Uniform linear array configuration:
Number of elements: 16
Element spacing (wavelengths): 0.75
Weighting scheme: hamming
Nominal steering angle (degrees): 30
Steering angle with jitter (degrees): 28.813
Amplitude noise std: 0.05
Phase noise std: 0.05

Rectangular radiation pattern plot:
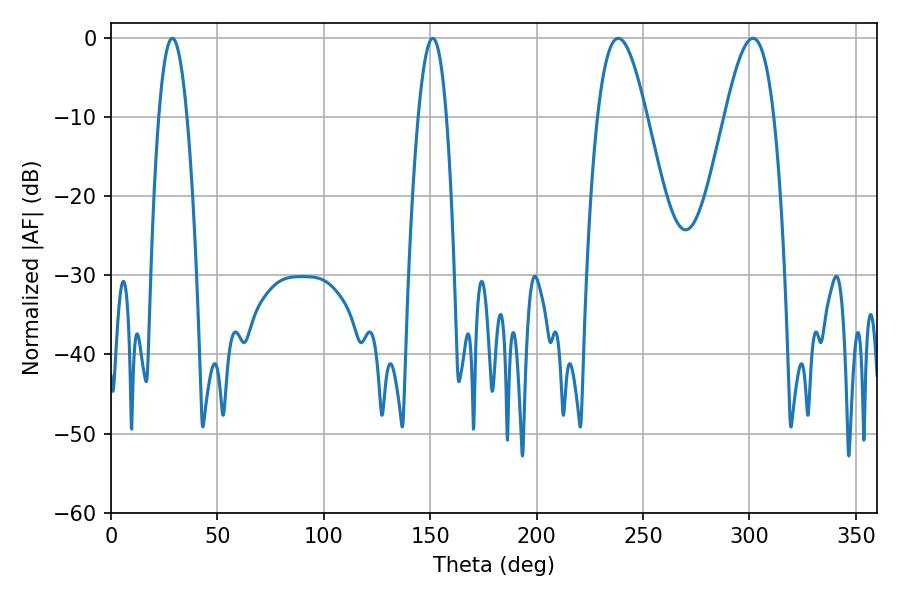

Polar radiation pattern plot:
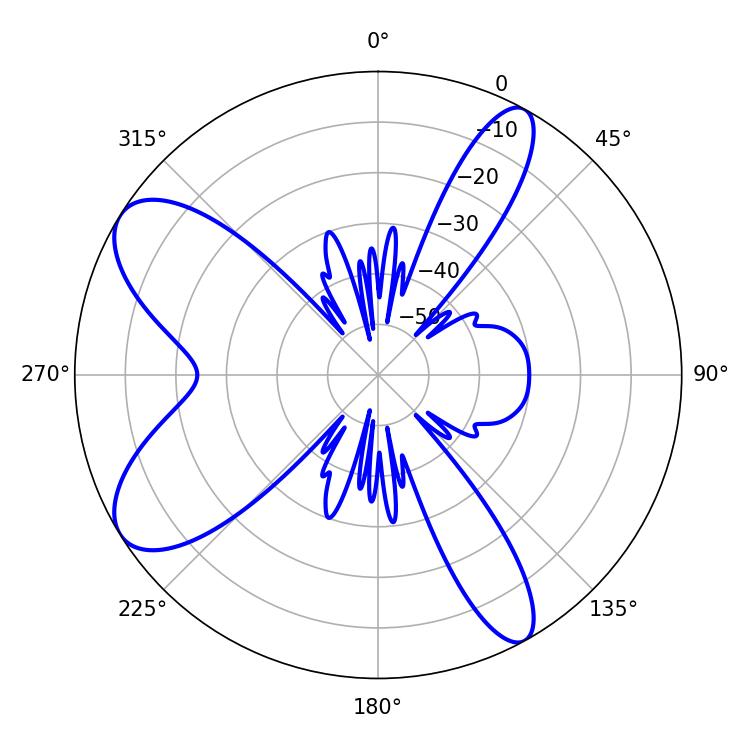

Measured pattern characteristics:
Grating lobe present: TRUE
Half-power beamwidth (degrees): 7.38
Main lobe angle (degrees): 28.8